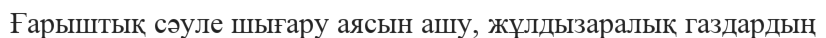
Ғарыштық сәуле шығару аясын ашу, жұлдызаралық газдардың